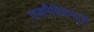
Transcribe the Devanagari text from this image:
राजनैतिकपटुता